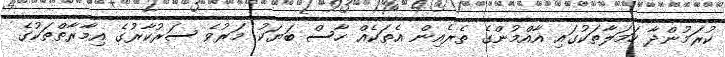
ކުރަމުންދާ ހަމަލާތަކުގައި އާއްމުންގެ ތެރެއިން އެތަކެއް ހާސް ބަޔަކު މަރުވެ ސަރުކާރުގެ އިމާރާތްތަކުގެ